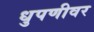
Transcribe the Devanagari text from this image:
धुपणीवर